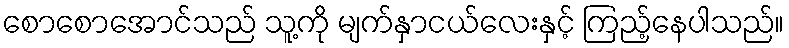
စောစောအောင်သည် သူ့ကို မျက်နှာငယ်လေးနှင့် ကြည့်နေပါသည်။